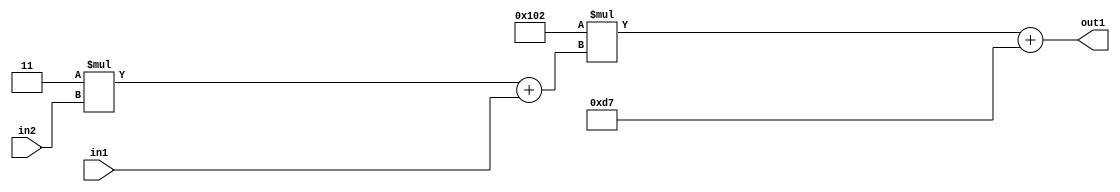
`timescale 1ps / 1ps
/*****************************************************************************
    Verilog RTL Description
    
    
    Created by: Stratus DpOpt 2019.1.01 
*******************************************************************************/

module DC_Filter_Add2i215Mul2i258Add2u1Mul2i3u2_1 (
	in2,
	in1,
	out1
	); /* architecture "behavioural" */ 
input [1:0] in2;
input  in1;
output [11:0] out1;
wire [11:0] asc001;
wire [3:0] asc002;

wire [3:0] asc002_tmp_0;
assign asc002_tmp_0 = 
	+(4'B0011 * in2);
assign asc002 = asc002_tmp_0
	+(in1);

wire [11:0] asc001_tmp_1;
assign asc001_tmp_1 = 
	+(12'B000100000010 * asc002);
assign asc001 = asc001_tmp_1
	+(12'B000011010111);

assign out1 = asc001;
endmodule

/* CADENCE  v7X0Tg8= : u9/ySgnWtBlWxVPRXgAZ4Og= ** DO NOT EDIT THIS LINE ******/